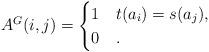
LaTeX: \begin{align*}A^G(i, j) =\begin{cases} 1 & t(a_i) = s(a_j), \\ 0 & .\end{cases} \end{align*}